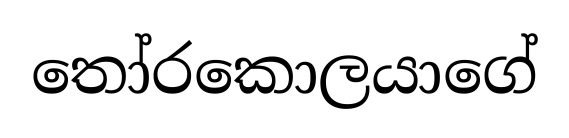
තෝරකොලයාගේ